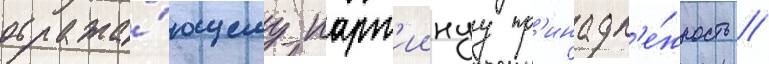
отража́ющему парт'иинуу пр'инадл'е́жность //